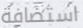
استضافة